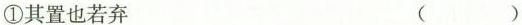
①其置也若弃 ( )